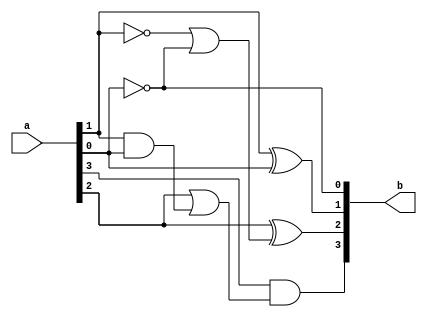
module excess3_to_bcd(b, a);
	input [3:0] a;
	output [3:0] b;
	assign b[0] = ~a[0];
	xor(b[1], a[1], a[0]);
	xor(b[2], a[2], (~a[1] | ~a[0]));
	and(b[3], a[3], (a[2] | (a[1] & a[0])));
endmodule